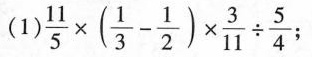
(1)$$ \frac{11}{5} \times (\frac{1}{3} - \frac{1}{2}) \times \frac{3}{11} \div \frac{5}{4}$$ ；